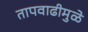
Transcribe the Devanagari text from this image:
तापवाढीमुळे